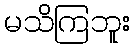
မသိကြဘူး